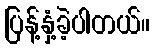
ပြန့်နှံ့ခဲ့ပါတယ်။